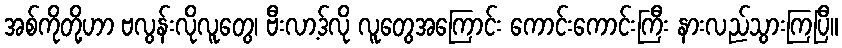
အစ်ကိုတို့ဟာ ဗလွန်းလိုလူတွေ၊ ဗီးလာ့ဒ်လို လူတွေအကြောင်း ကောင်းကောင်းကြီး နားလည်သွားကြပြီ။